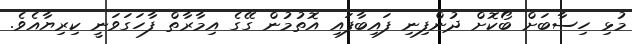
މުޅި ހިސާބަށް ބޯކޮށް ދުންފިނި ފައިބާފައި އޮތުމުން ގޭގެ އިމާރާތް ފާހަގަވަނީ ކިރިޔާއެވެ.